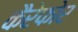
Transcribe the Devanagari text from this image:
कैरेफोर